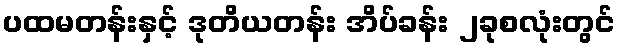
ပထမတန်းနှင့် ဒုတိယတန်း အိပ်ခန်း ၂ခုစလုံးတွင်